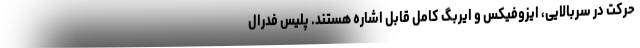
حرکت در سربالایی، ایزوفیکس و ایربگ کامل قابل اشاره هستند. پلیس فدرال